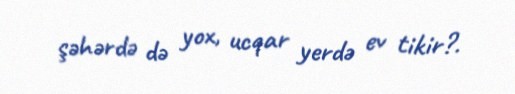
şəhərdə də yox, ucqar yerdə ev tikir?.